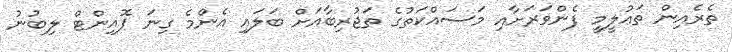
ތެރެއިން ތަޢުލީމީ ފެންވަރަށާއި މަސައްކަތުގެ ތަޖުރިބާއަށް ބަލައި އެންމެ ގިނަ ޕޮއިންޓް ލިބުނު